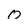
Character: O